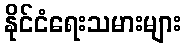
နိုင်ငံရေးသမားများ